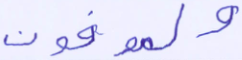
والموفون